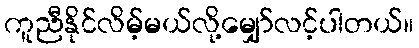
ကူညီနိုင်လိမ့်မယ်လို့မျှော်လင့်ပါတယ်။